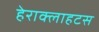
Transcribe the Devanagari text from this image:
हेराक्लाहटस